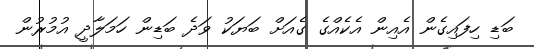
ބަޑި ހިފައިގެން އެއިން އެކެއްގެ ގެއަށް ބަޔަކު ވަދެ ބަޑިން ހަމަލާދީ އުމުރުން